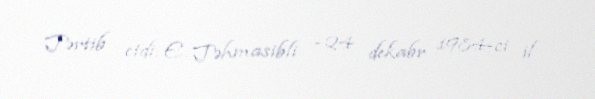
Tərtib etdi: E. Təhmasibli - 24 dekabr 1984-ci il